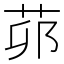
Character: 𦮦